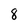
Character: 8